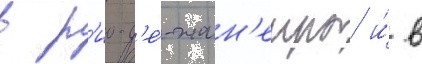
в р'ио-д'е́-жан'еиро и́ в